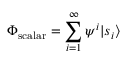
\Phi _ { \mathrm { s c a l a r } } = \sum _ { i = 1 } ^ { \infty } \psi ^ { i } | s _ { i } \rangle